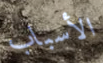
الأسباب